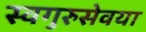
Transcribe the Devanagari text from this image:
स्वगुरुसेवया